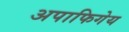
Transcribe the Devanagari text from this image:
अपाफिगेय